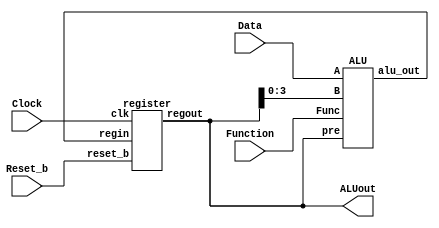
module part2(Clock, Reset_b, Data, Function, ALUout);

	input [1:0] Function;
	input [3:0] Data;
	input Reset_b;
	input Clock;

	output [7:0] ALUout;
	wire [7:0] pre_reg_ALUout;
	
	register reg1(Clock, Reset_b, pre_reg_ALUout, ALUout);
	ALU alu1(Data, ALUout[3:0],  Function, ALUout, pre_reg_ALUout);
	
			
endmodule 



module ALU (A, B, Func, pre, alu_out,);

input  [3:0] A,B;
input [1:0] Func;
input [7:0] pre;
output reg [7:0] alu_out;


always@(*)
	begin
			case (Func)
				2'b00: alu_out= A+B;

				2'b01: alu_out=A*B;

				2'b10:  alu_out=B<<A;

				2'b11: alu_out=pre;

				default: alu_out= 8'b0;
			endcase
	end
endmodule



module register (clk ,reset_b ,
							regin, regout,) ;
							
	input wire[7:0] regin;		
	input wire reset_b;
	input wire clk;
	output reg [7:0] regout;	

	always@ ( posedge clk )
	begin
			if ( reset_b ) regout <= 8'b0;
			else regout <= regin  ;
	end
endmodule